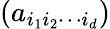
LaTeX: (a_{i_{1}i_{2}\cdots i_{d}})